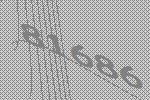
81686